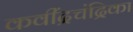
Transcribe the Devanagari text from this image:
कवींद्रचंद्रिका